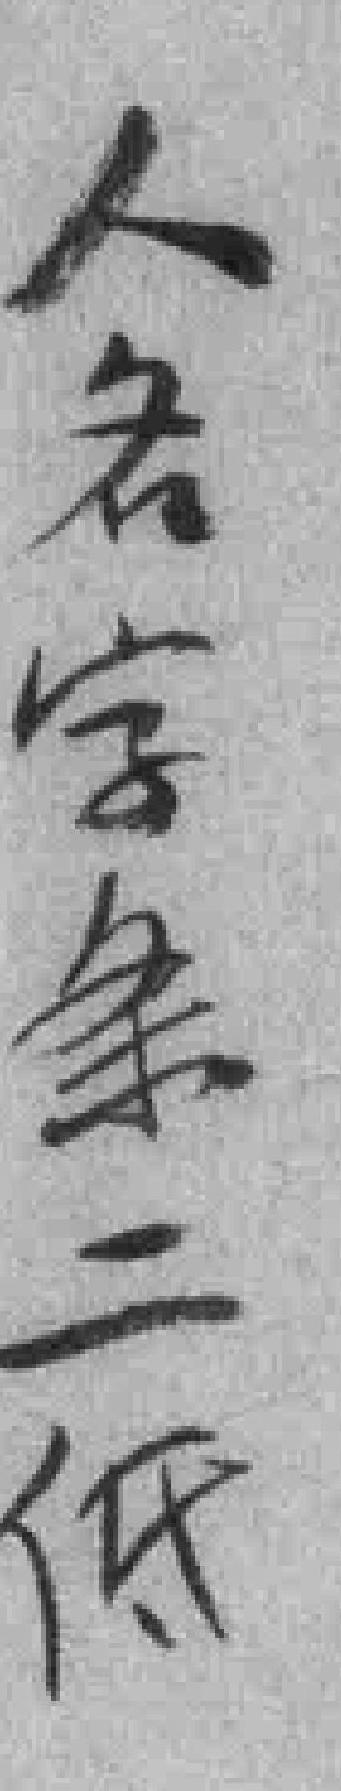
人名字条二低